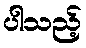
ပါသည့်